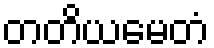
တတိယမေတံ